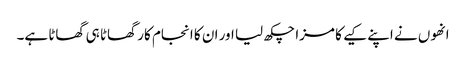
انھوں نے اپنے کیے کا مزا چکھ لیا اور ان کا انجام کار گھاٹا ہی گھاٹا ہے۔